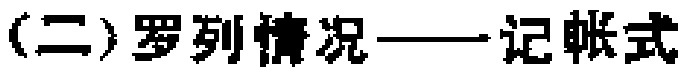
(二)罗列情况——记帐式